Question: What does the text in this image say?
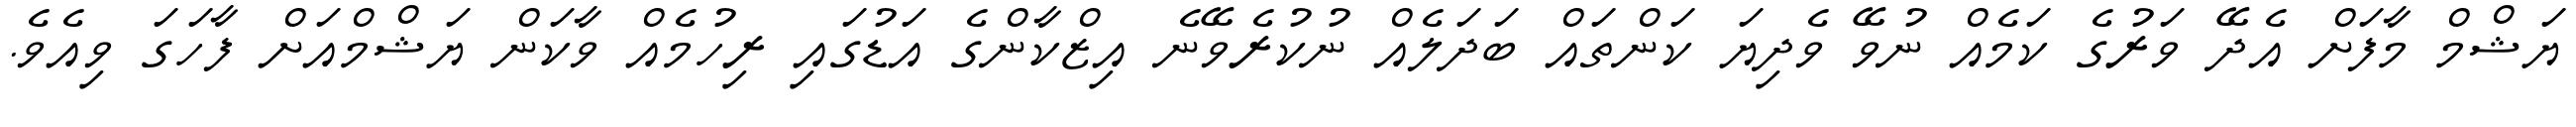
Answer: ޔަޝްމް މާފަށް އެދޭ ވަރުގެ ކަމެއް ނުވޭ ވެދިޔަ ކަންތައް ބަދަލެއް ނުކުރެވޭނެ އިޒްކާންގެ އަޑުގައި ރިހުމެއް ވާކަން ޔަޝްމްއަށް ފާހަގަ ވިއެވެ.